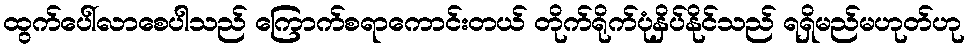
ထွက်ပေါ်လာစေပါသည် ကြောက်စရာကောင်းတယ် တိုက်ရိုက်ပုံနှိပ်နိုင်သည် ရရှိမည်မဟုတ်ဟု